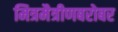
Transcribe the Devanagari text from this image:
मित्रमैत्रीणबरोबर